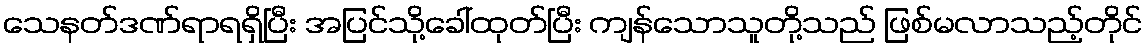
သေနတ်ဒဏ်ရာရရှိပြီး အပြင်သို့ခေါ်ထုတ်ပြီး ကျန်သောသူတို့သည် ဖြစ်မလာသည့်တိုင်